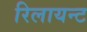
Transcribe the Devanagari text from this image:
रिलायन्ट